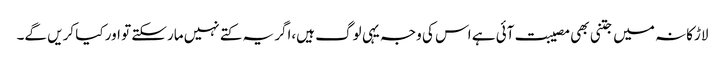
لاڑکانہ میں جتنی بھی مصیبت آئی ہے اس کی وجہ یہی لوگ ہیں،اگر یہ کتے نہیں مارسکتے تو اور کیا کریں گے۔